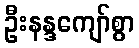
ဦးနန္ဒကျော်စွာ